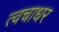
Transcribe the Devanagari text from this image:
त्वचाधर